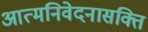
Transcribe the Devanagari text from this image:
आत्मनिवेदनासक्ति